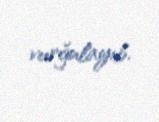
vurğulayıb.